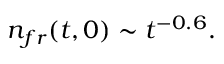
n _ { f r } ( t , 0 ) \sim t ^ { - 0 . 6 } .